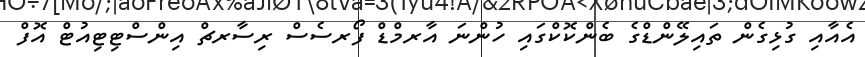
އެއާއި ގުޅިގެން ތައިލޭންޑްގެ ބެންކޮކްގައި ހުންނަ އާރމްޑް ފޯރސެސް ރިސާރޗް އިންސްޓިޓިއުޓް އޮފް